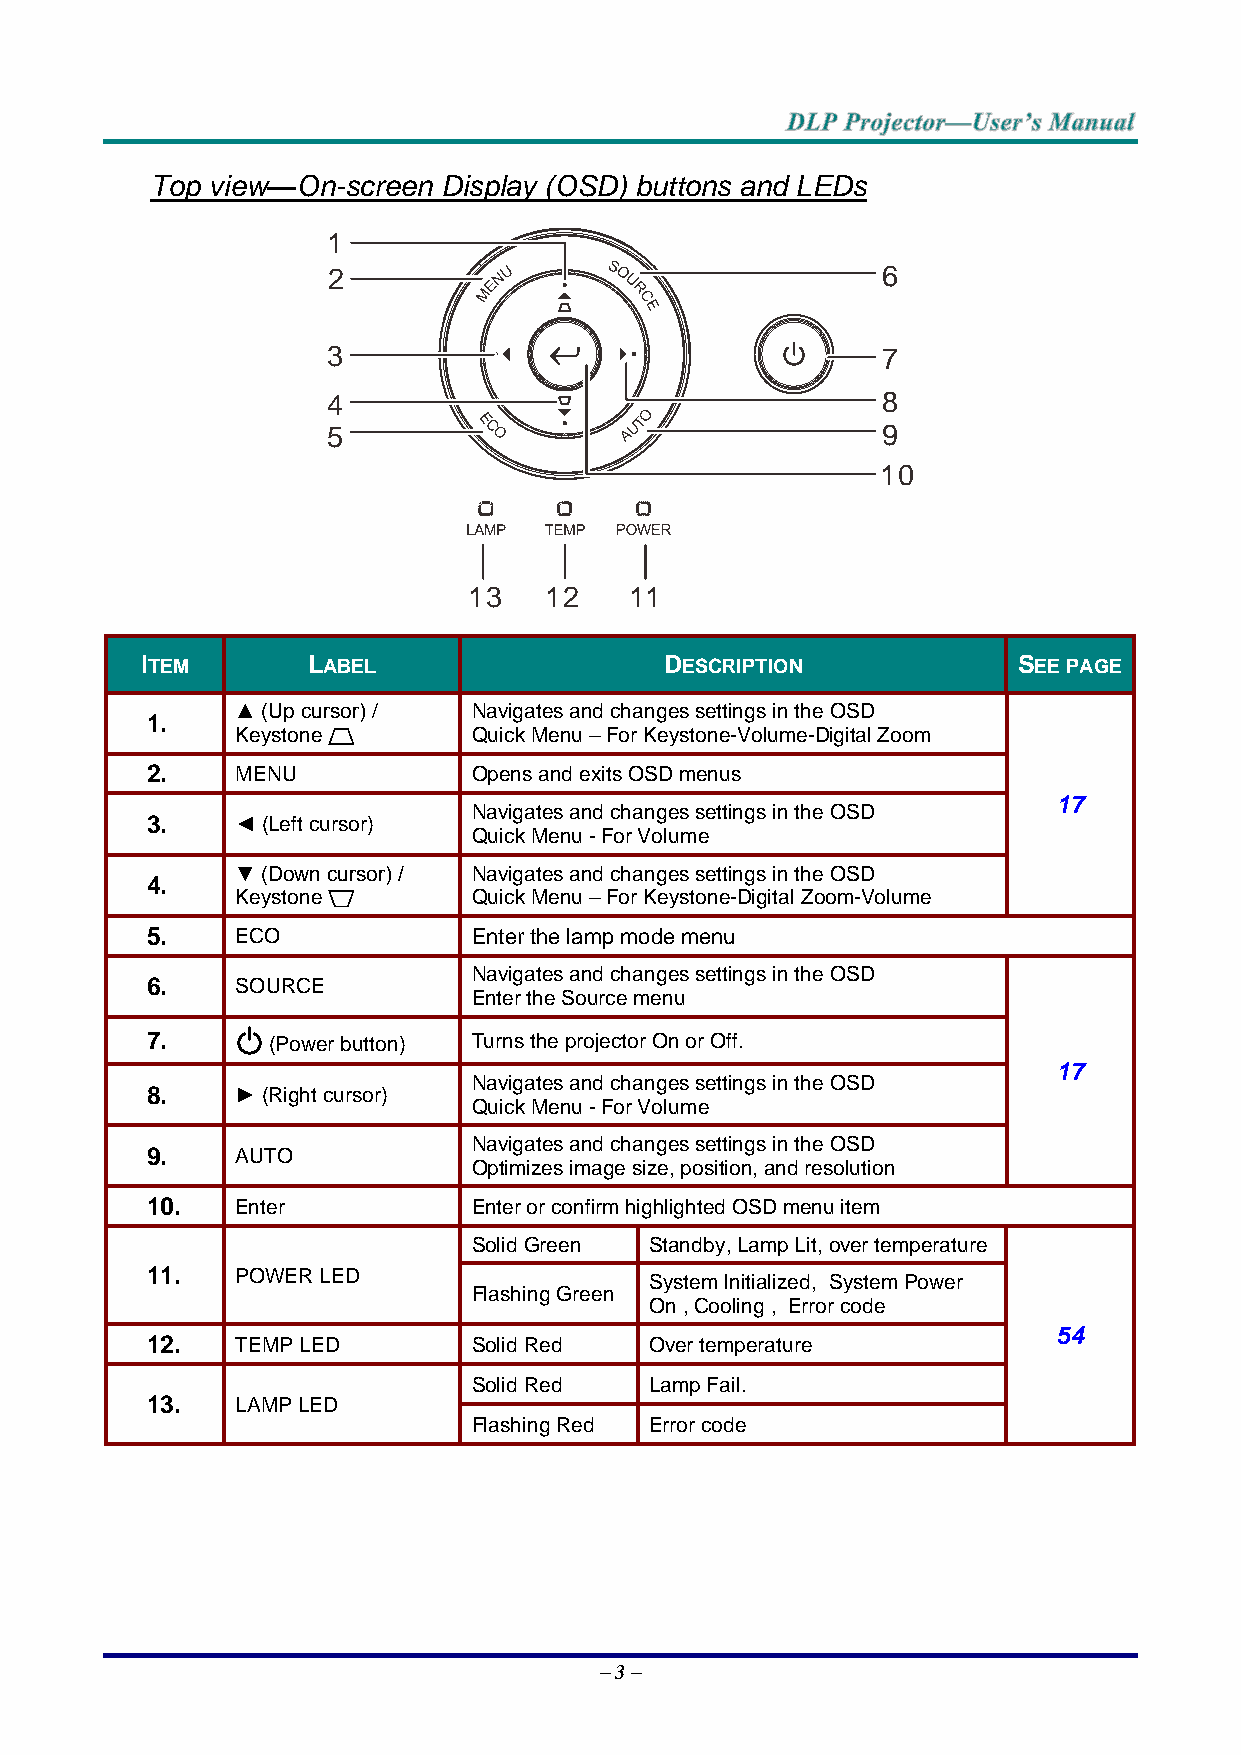
Top view—On-screen Display (OSD) buttons and LEDs
 1
 2                                   6
 3                                   7
 4                                   8
 5                                   9
 10
 13   12    11
 ITEM       LABEL                   DESCRIPTION            SEE PAGE
 ▲ (Up cursor) / Navigates and changes settings in the OSD
 1.
 Keystone       Quick Menu – For Keystone-Volume-Digital Zoom
 2.    MENU           Opens and exits OSD menus
 17
 Navigates and changes settings in the OSD
 3.    ◄ (Left cursor)
 Quick Menu - For Volume
 ▼ (Down cursor) / Navigates and changes settings in the OSD
 4.
 Keystone       Quick Menu – For Keystone-Digital Zoom-Volume
 5.    ECO            Enter the lamp mode menu
 Navigates and changes settings in the OSD
 6.    SOURCE
 Enter the Source menu
 7.      (Power button) Turns the projector On or Off.
 17
 Navigates and changes settings in the OSD
 8.    ► (Right cursor)
 Quick Menu - For Volume
 Navigates and changes settings in the OSD
 9.    AUTO
 Optimizes image size, position, and resolution
 10.   Enter          Enter or confirm highlighted OSD menu item
 Solid Green Standby, Lamp Lit, over temperature
 11.   POWER LED
 System Initialized, System Power
 Flashing Green
 On , Cooling , Error code
 54
 12.   TEMP LED       Solid Red   Over temperature
 Solid Red   Lamp Fail.
 13.   LAMP LED
 Flashing Red Error code
 – 3 –